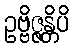
ဥဗ္ဗိဇ္ဇန္တိပိ